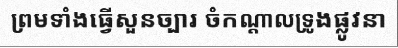
ព្រមទាំងធ្វើសួនច្បារ ចំកណ្តាលទ្រូងផ្លូវនា